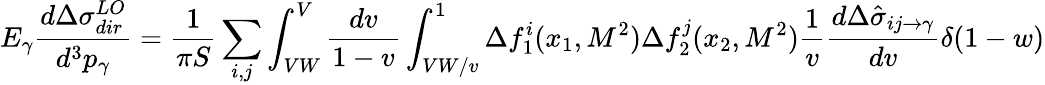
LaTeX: E_{\gamma}\frac{d\Delta\sigma_{dir}^{LO}}{d^{3}p_{\gamma}}=\frac{1}{\pi S}\sum_{i,j}\int_{VW}^{V}\frac{dv}{1-v}\int_{VW/v}^{1}\Delta f_{1}^{i}(x_{1},M^{2})\Delta f_{2}^{j}(x_{2},M^{2})\frac{1}{v}\frac{d\Delta\hat{\sigma}_{ij\rightarrow\gamma}}{dv}\delta(1-w)